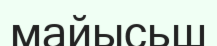
майысьш